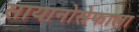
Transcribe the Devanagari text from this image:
सायानोसेफाला